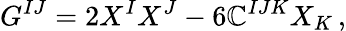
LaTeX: G^{IJ}=2X^{I}X^{J}-6\mathbb{C}^{IJK}X_{K}\, ,